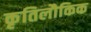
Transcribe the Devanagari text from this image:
कृतिलौकिक